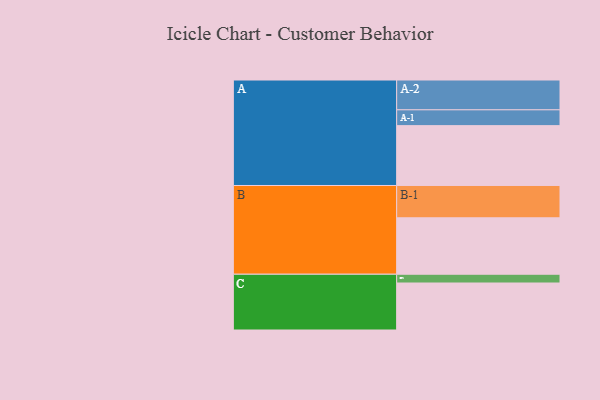
{"axis": {"x": "Segment", "y": "Value"}, "legend": ["", "A", "B", "C"], "data": [{"x": "A", "y": 526, "type": ""}, {"x": "B", "y": 496, "type": ""}, {"x": "C", "y": 413, "type": ""}, {"x": "A-1", "y": 139, "type": "A"}, {"x": "A-2", "y": 262, "type": "A"}, {"x": "B-1", "y": 284, "type": "B"}, {"x": "C-1", "y": 77, "type": "C"}]}